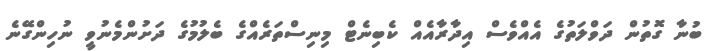
ބުނާ ގޮތުން ދަވްލަތުގެ އެއްވެސް އިދާރާއެއް ކެބިނެޓް މިނިސްތަރެއްގެ ބެލުމުގެ ދަށުންމެނުވީ ނުހިންގޭނެ